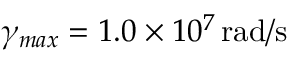
\gamma _ { m a x } = 1 . 0 \times 1 0 ^ { 7 } \, \mathrm { r a d / s }